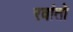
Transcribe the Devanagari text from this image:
रवांतो